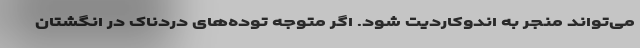
می‌تواند منجر به اندوکاردیت شود. اگر متوجه توده‌های دردناک در انگشتان